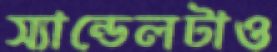
স্যান্ডেলটাও